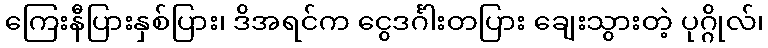
ကြေးနီပြားနှစ်ပြား၊ ဒိအရင်က ငွေဒင်္ဂါးတပြား ချေးသွားတဲ့ ပုဂ္ဂိုလ်၊